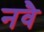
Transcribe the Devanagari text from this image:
नवै